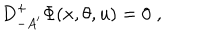
D _ { - A ^ { \prime } } ^ { + } \Phi ( x , \theta , u ) = 0 \; ,